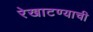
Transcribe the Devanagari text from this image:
रेखाटण्याची